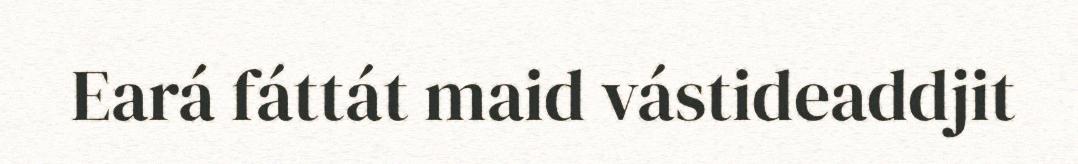
Eará fáttát maid vástideaddjit